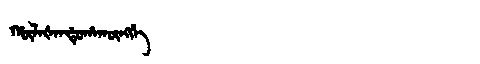
Manchu: ᡥᡡᠯᠠᡧᠠᠨᡩᡠᡥᠠᡴᡡᠩᡤᡝ
Romanization: HŪLAŠANDUHAKŪNGGE